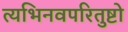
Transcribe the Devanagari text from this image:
त्यभिनवपरितुष्टो